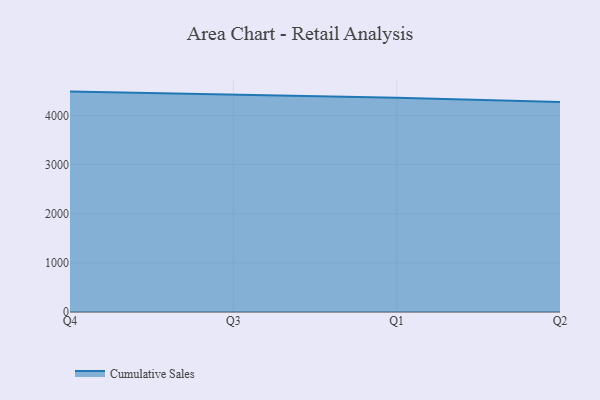
{"axis": {"x": "Quarter", "y": "Temperature (°C)"}, "legend": ["Cumulative Sales"], "data": [{"x": "Q4", "y": 4485.2, "type": "Cumulative Sales"}, {"x": "Q3", "y": 4425.7, "type": "Cumulative Sales"}, {"x": "Q1", "y": 4360.0, "type": "Cumulative Sales"}, {"x": "Q2", "y": 4271.7, "type": "Cumulative Sales"}]}